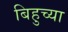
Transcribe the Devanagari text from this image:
बिहुच्या